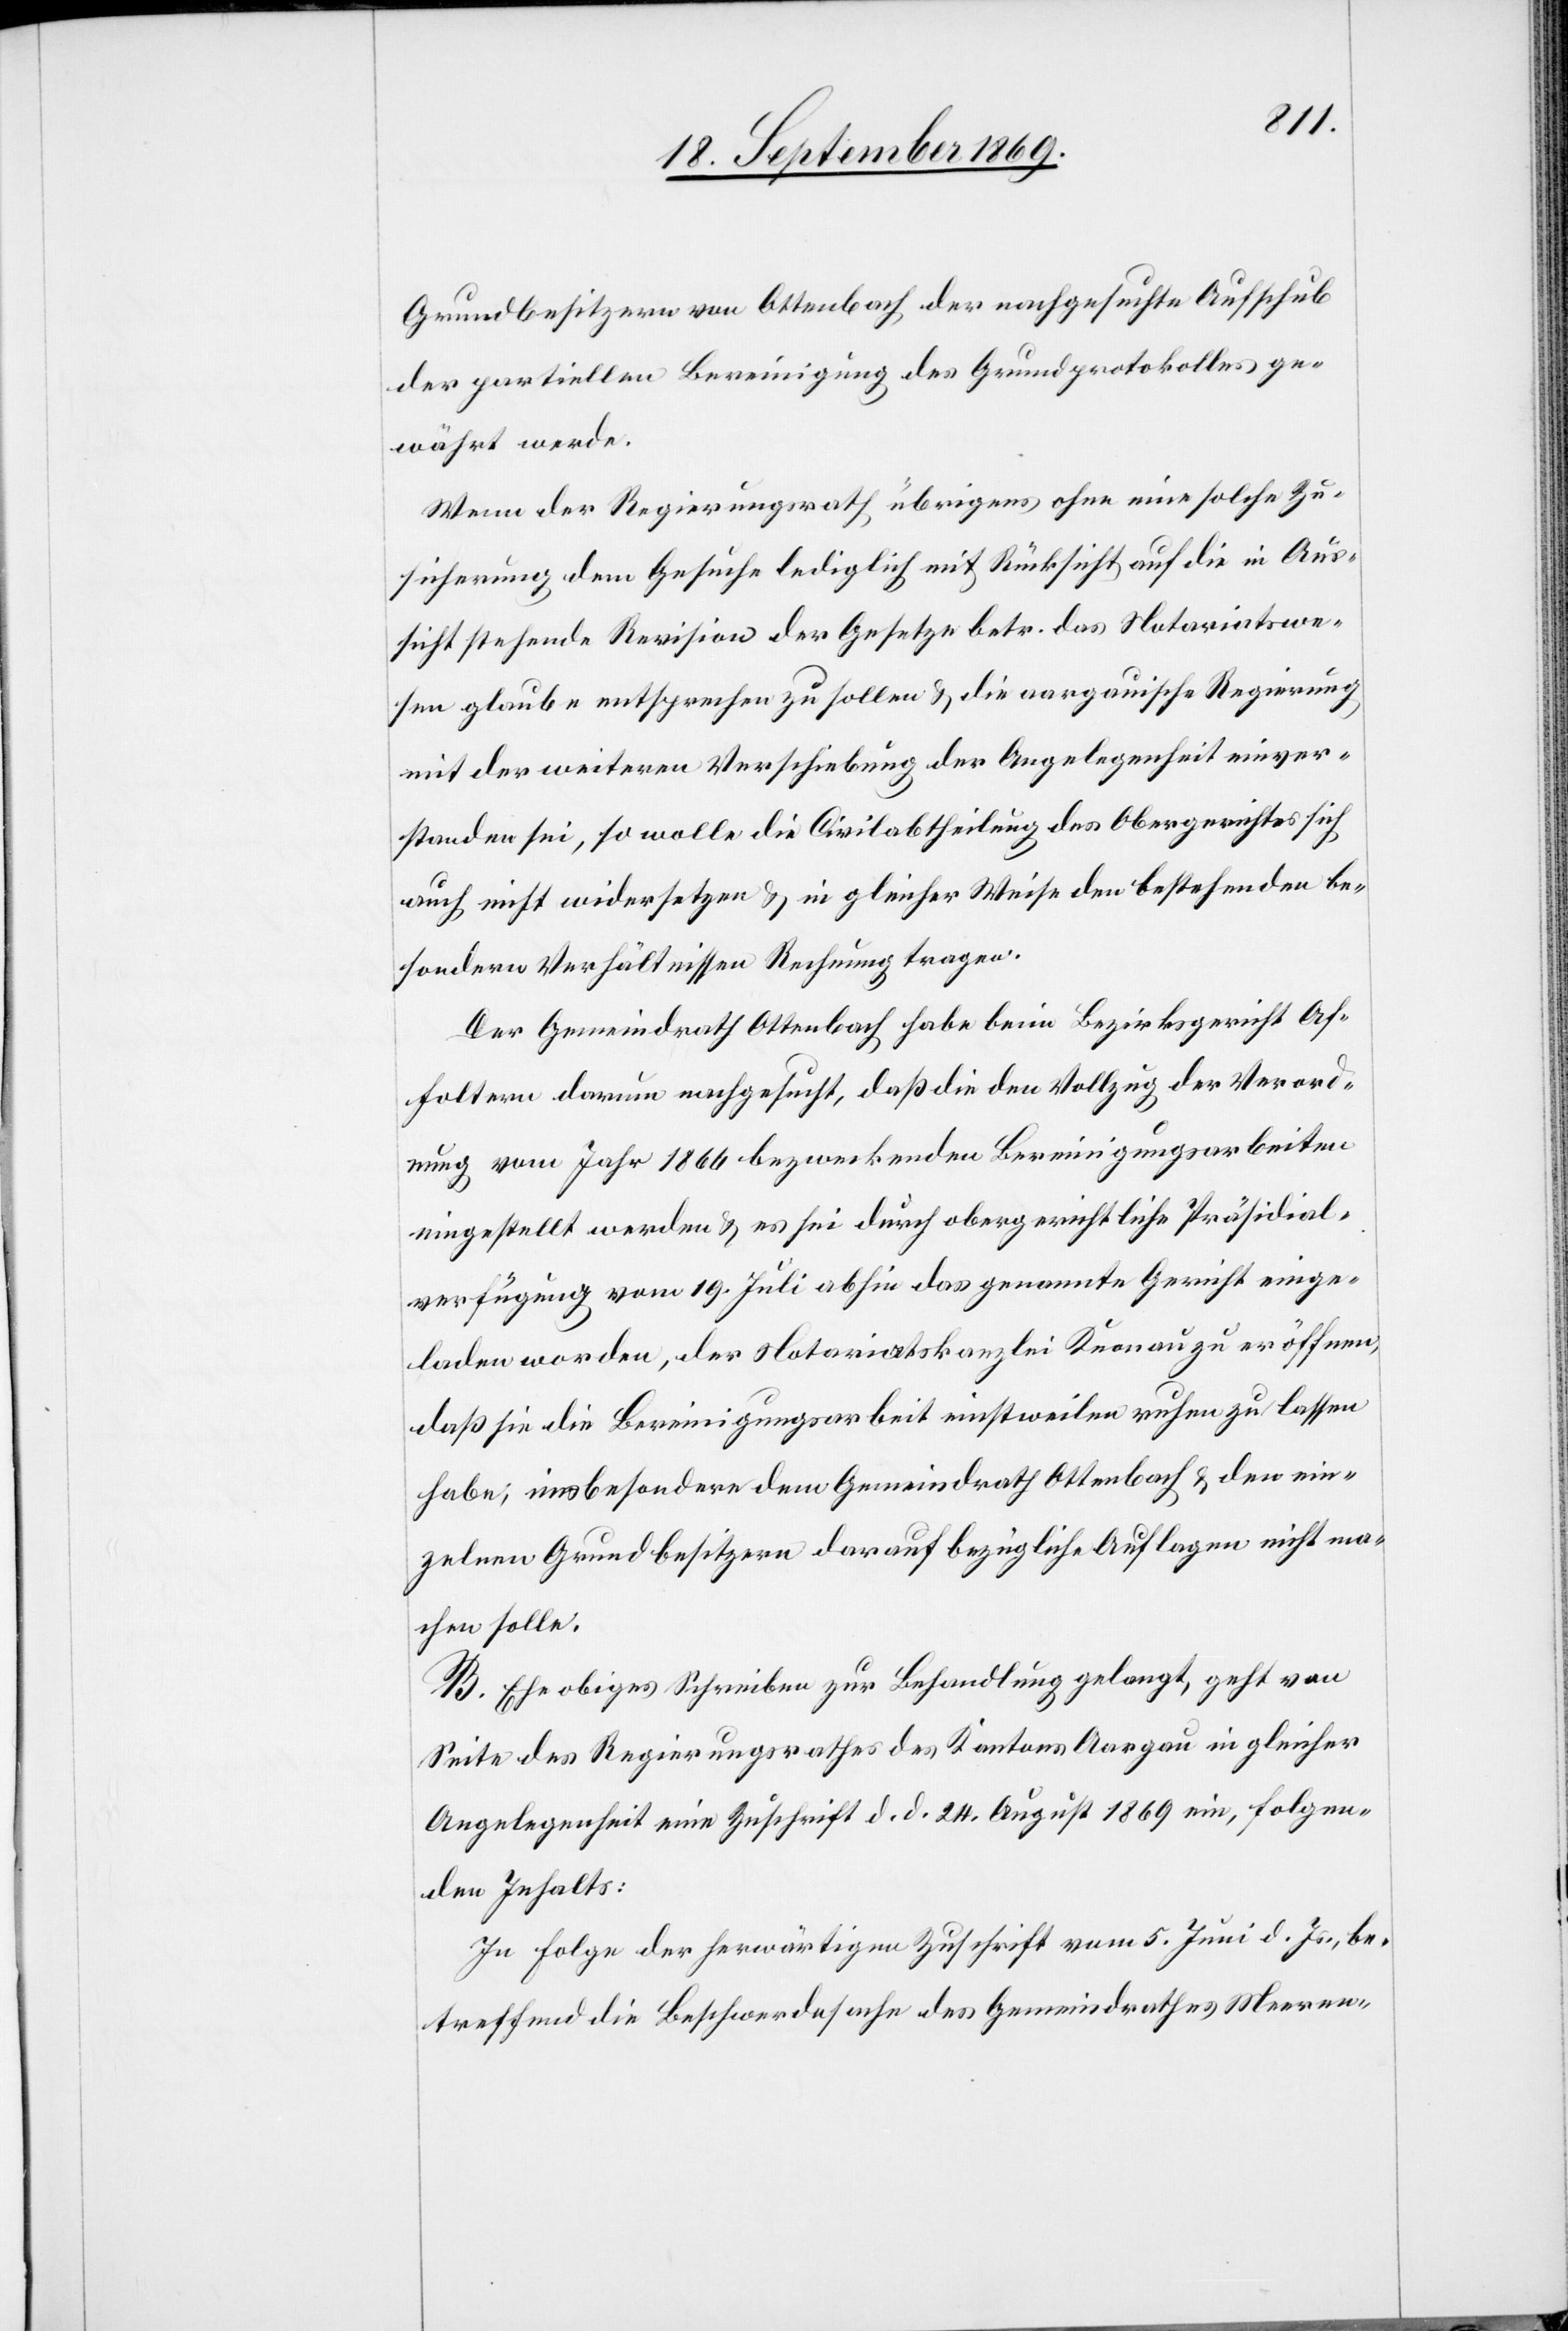
Grundbesitzern von Ottenbach der nachgesuchte Aufschub
der partiellen Bereinigung des Grundprotokolles ge¬
währt werde.
Wenn der Regierungsrath übrigens ohne eine solche Zu¬
sicherung dem Gesuche lediglich mit Rücksicht auf die in Aus¬
sicht stehende Revision der Gesetze betr. das Notariatswe¬
sen glaube entsprechen zu sollen & die aargauische Regierung
mit der weiteren Verschiebung der Angelegenheit einver¬
standen sei, so wolle die Civilabtheilung des Obergerichtes sich
auch nicht widersetzen & in gleicher Weise den bestehenden be¬
sondern Verhältnissen Rechnung tragen.
Der Gemeindrath Ottenbach habe beim Bezirksgericht Af¬
foltern darum nachgesucht, daß die den Vollzug der Verord¬
nung vom Jahr 1866 bezweckenden Bereinigungsarbeiten
eingestellt werden & es sei durch obergerichtliche Präsidial¬
verfügung vom 19. Juli abhin das genannte Gericht einge¬
laden worden, der Notariatskanzlei Knonau zu eröffnen,
daß sie die Bereinigungsarbeit einstweilen ruhen zu lassen
habe, insbesondere dem Gemeindrath Ottenbach & den ein¬
zelnen Grundbesitzern darauf bezügliche Auflagen nicht ma¬
chen solle.
B. Ehe obiges Schreiben zur Behandlung gelangt, geht von
Seite des Regierungsrathes des Kantons Aargau in gleicher
Angelegenheit eine Zuschrift d. d. 24. August 1869 ein, folgen¬
den Inhalts:
In Folge der herwärtigen Zuschrift vom 5. Juni d. Js., be¬
treffend die Beschwerdesache des Gemeindrathes Meeren-